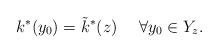
LaTeX: \begin{align*}k^*(y_0) = \tilde{k}^*(z) \ \ \ \ \forall y_0\in Y_z.\end{align*}